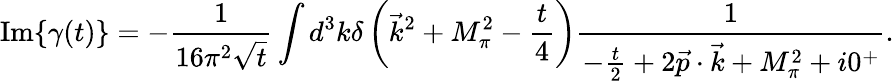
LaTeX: \mathrm{Im}\{ \gamma(t)\} =-\frac{1}{16\pi^{2}\sqrt{t}}\int d^{3}k\delta\left(\vec{k}^{2}+M_{\pi}^{2}-\frac{t}{4}\right)\frac{1}{-\frac{t}{2}+2\vec{p}\cdot\vec{k}+M_{\pi}^{2}+i0^{+}}.